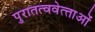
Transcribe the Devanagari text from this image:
पुरातत्ववेत्‍ताओं